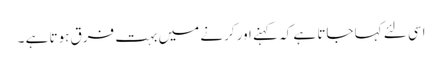
اسی لئے کہا جاتا ہے کہ کہنے اور کرنے میں بہت فرق ہوتا ہے ۔